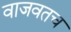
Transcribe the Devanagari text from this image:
वाजवतच